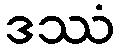
ဒဿံ